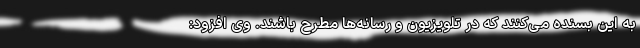
به این بسنده می‌کنند که در تلویزیون و رسانه‌ها مطرح باشند. وی افزود: